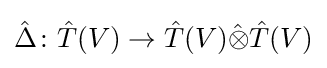
{\hat {\Delta }}\colon {\hat {T}}(V)\to {\hat {T}}(V){\hat {\otimes }}{\hat {T}}(V)